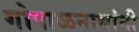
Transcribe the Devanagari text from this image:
गोपाळनाथांनी